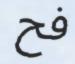
فح